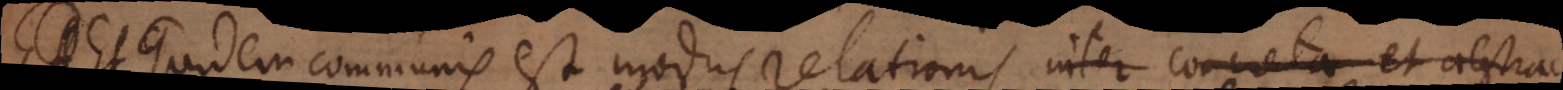
Et quidem communis modus est relationis inter concreta et abstrac